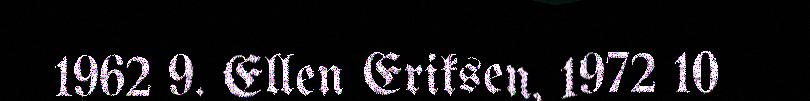
1962 9. Ellen Eriksen, 1972 10